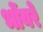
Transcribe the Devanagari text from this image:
भोंयरे